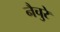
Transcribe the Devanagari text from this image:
नैचुरे